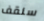
سنقف